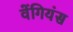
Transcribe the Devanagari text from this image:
वेंगियंस